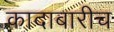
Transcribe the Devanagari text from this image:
कादाबारीच